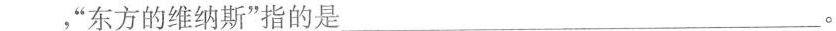
___，”东方的维纳斯”指的是___。